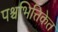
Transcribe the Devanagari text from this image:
पश्चभित्तिकेत